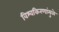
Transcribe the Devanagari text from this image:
विश्वकिरणांमुळे